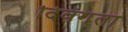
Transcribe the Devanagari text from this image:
दिवगंता